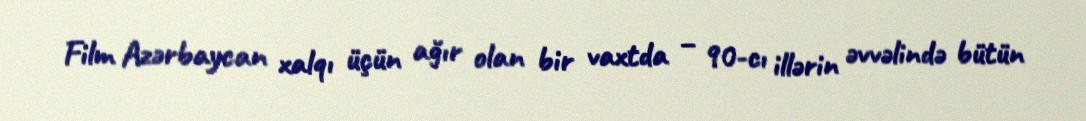
Film Azərbaycan xalqı üçün ağır olan bir vaxtda – 90-cı illərin əvvəlində bütün